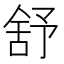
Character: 舒